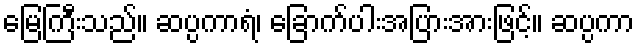
မြေကြီးသည်။ ဆပ္ပကာရံ၊ ခြောက်ပါးအပြားအားဖြင့်။ ဆပ္ပကာ